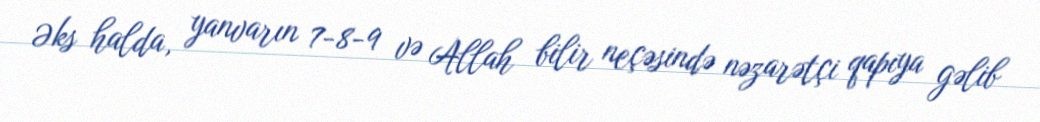
Əks halda, yanvarın 7-8-9 və Allah bilir neçəsində nəzarətçi qapıya gəlib